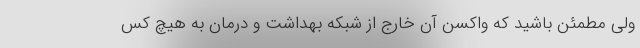
ولی مطمئن باشید که واکسن آن خارج از شبکه بهداشت و درمان به هیچ کس